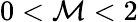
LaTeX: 0<\mathcal{M}<2